Document type: Inventory
Year: 1295
Scribe: Pere Marc
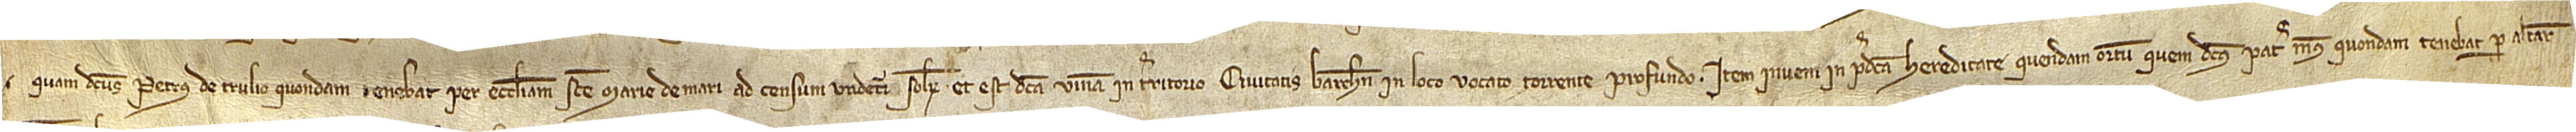
quam dictus Petrus de Trulio, quondam, tenebat per ecclesiam Sancte Marie de Mari ad censum undecim solidorum. Et est dicta vinea in territorio civitatis Barchinone, in loco vocato Torrente Profundo. Item, inveni in predicta hereditate quendam ortum quem dictus pater meus, quondam, tenebat per altare